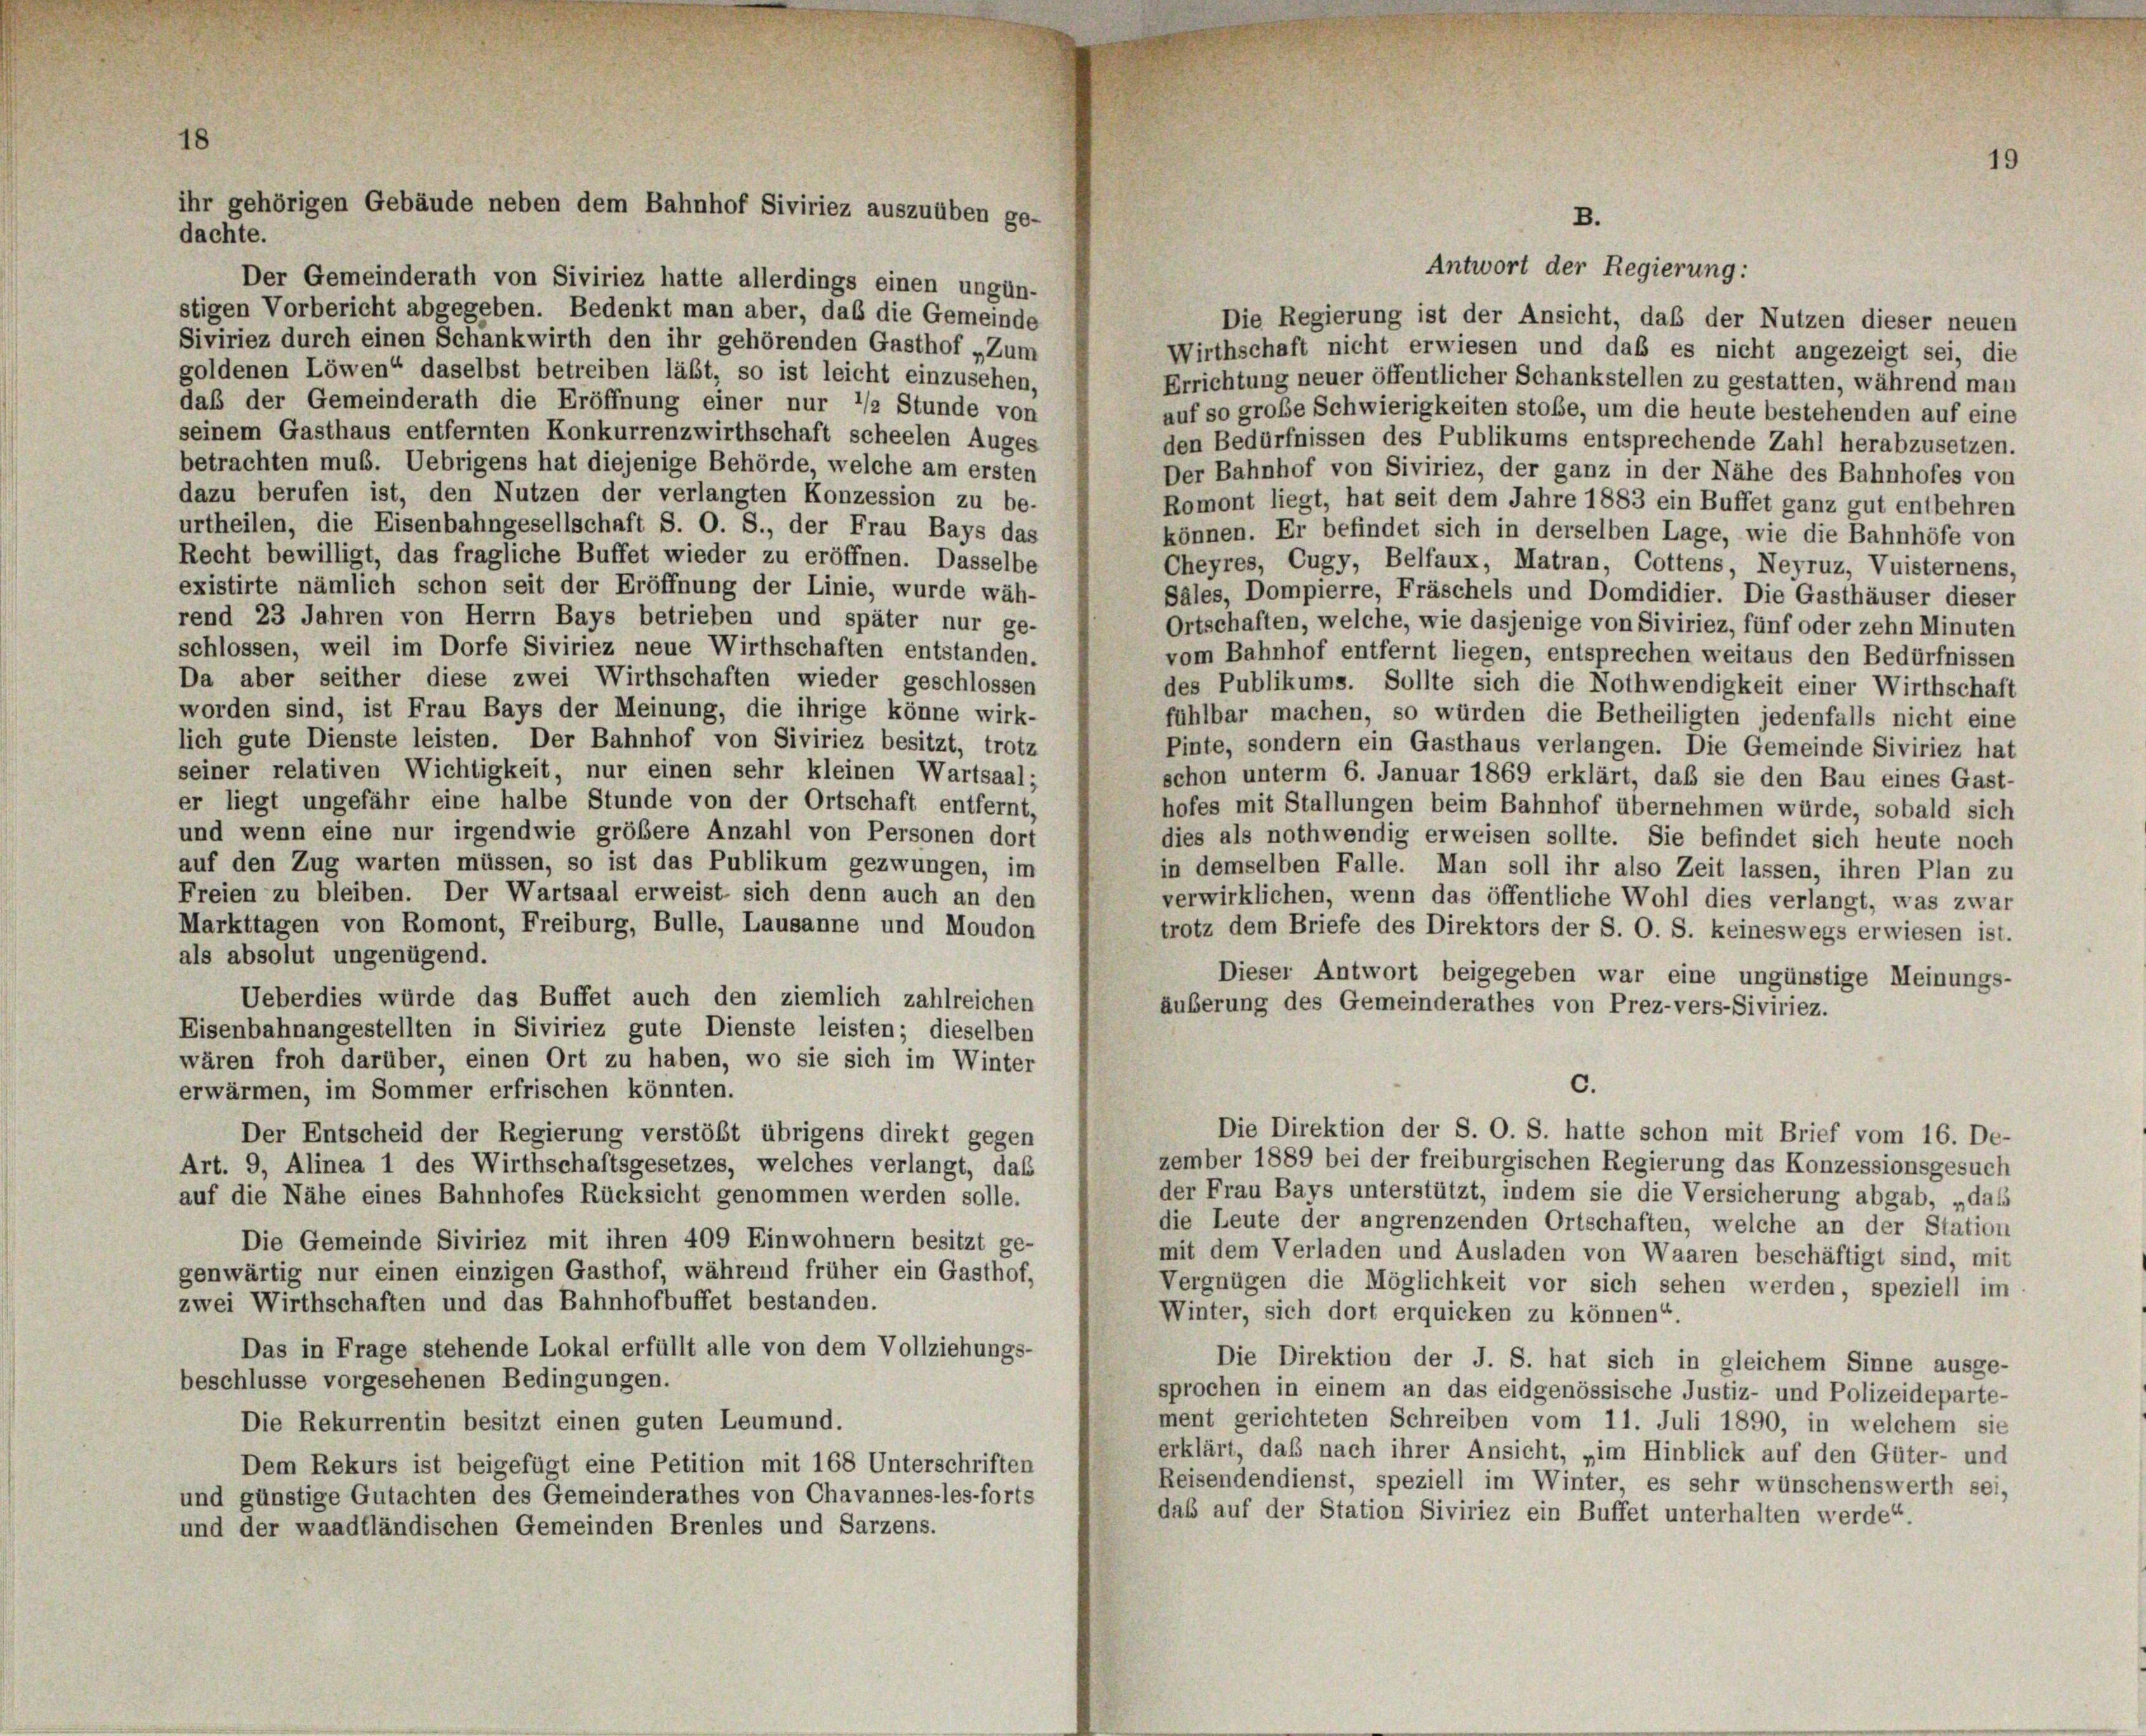
ihr gehörigen Gebäude neben dem Bahnhof Siviriez auszuüben ge-
dachte.

Der Gemeinderath von Siviriez hatte allerdings einen ungün-
stigen Vorbericht abgegeben. Bedenkt man aber, das die Gemeinde
Die Regierung ist der Ansicht, daß der Nutzen dieser neuen
Siviriez durch einen Schankwirth den ihr gehörenden Gasthof „Zum
Wirthschaft nicht erwiesen und daß es nicht angezeigt sei, die
goldenen Löwen“ daselbst betreiben läßt, so ist leicht einzusehen,
Errichtung neuer öffentlicher Schankstellen zu gestatten, während man
daß der Gemeinderath die Eröffnung einer nur 1/2 Stunde von
auf so große Schwierigkeiten stoße, um die heute bestehenden auf eine
seinem Gasthaus entfernten Konkurrenzwirthschaft scheelen Auges
den Bedürfnissen des Publikums entsprechende Zahl herabzusetzen.
betrachten muss. Uebrigens hat diejenige Behörde, welche am ersten
Der Bahnhof von Siviriez, der ganz in der Nähe des Bahnhofes von
dazu berufen ist, den Nutzen der verlangten Konzession zu be-
Romont liegt, hat seit dem Jahre 1883 ein Buffet ganz gut entbehren
urtheilen, die Eisenbahngesellschaft S. O. S., der Frau Bays das
können. Er befindet sich in derselben Lage, wie die Bahnhöfe von
Recht bewilligt, das fragliche Buffet wieder zu eröffnen. Dasselbe
Cheyres, Cugy, Belfaux, Matran, Cottens, Neyruz, Vuisternens,
existirte nämlich schon seit der Eröffnung der Linie, wurde wäh-
Sales, Dompierre, Fräschels und Domdidier. Die Gasthäuser dieser
rend 23 Jahren von Herrn Bays betrieben und später nur ge-
Ortschaften, welche, wie dasjenige von Siviriez, fünf oder zehn Minuten
schlossen, weil im Dorfe Siviriez neue Wirthschaften entstanden.
vom Bahnhof entfernt liegen, entsprechen weitaus den Bedürfnissen
Da aber seither diese zwei Wirthschaften wieder geschlossen
des Publikums. Sollte sich die Nothwendigkeit einer Wirthschaft
worden sind, ist Frau Bays der Meinung, die ihrige könne wirk-
fühlbar machen, so würden die Betheiligten jedenfalls nicht eine
lich gute Dienste leisten. Der Bahnhof von Siviriez besitzt, trotz
Pinte, sondern ein Gasthaus verlangen. Die Gemeinde Siviriez hat
seiner relativen Wichtigkeit, nur einen sehr kleinen Wartsaal;
schon unterm 6. Januar 1869 erklärt, daß sie den Bau eines Gast-
er liegt ungefähr eine halbe Stunde von der Ortschaft entfernt,
hofes mit Stallungen beim Bahnhof übernehmen würde, sobald sich
und wenn eine nur irgendwie größere Anzahl von Personen dort
dies als nothwendig erweisen sollte. Sie befindet sich heute noch
auf den Zug warten müssen, so ist das Publikum gezwungen, im
in demselben Falle. Man soll ihr also Zeit lassen, ihren Plan zu
Freien zu bleiben. Der Wartsaal erweist sich denn auch an den
verwirklichen, wenn das öffentliche Wohl dies verlangt, was zwar
Markttagen von Romont, Freiburg, Bulle, Lausanne und Moudon
trotz dem Briefe des Direktors der S. O. S. keineswegs erwiesen ist.
als absolut ungenügend.
Dieser Antwort beigegeben war eine ungünstige Meinungs-
Ueberdies würde das Buffet auch den ziemlich zahlreichen
Äußerung des Gemeinderathes von Prez-vers-Siviriez.
Eisenbahnangestellten in Siviriez gute Dienste leisten; dieselben
wären froh darüber, einen Ort zu haben, wo sie sich im Winter
c.
erwärmen, im Sommer erfrischen könnten.
Die Direktion der S. O. S. hatte schon mit Brief vom 16. De-
Der Entscheid der Regierung verstößt übrigens direkt gegen
zember 1889 bei der freiburgischen Regierung das Konzessionsgesuch
Art. 9, Alinea 1 des Wirthschaftsgesetzes, welches verlangt, daß
der Frau Bays unterstützt, indem sie die Versicherung abgab, „das
auf die Nähe eines Bahnhofes Rücksicht genommen werden solle.
die Leute der angrenzenden Ortschaften, welche an der Station
Die Gemeinde Siviriez mit ihren 409 Einwohnern besitzt ge-
mit dem Verladen und Ausladen von Waaren beschäftigt sind, mit
genwärtig nur einen einzigen Gasthof, während früher ein Gasthof,
Vergnügen die Möglichkeit vor sich sehen werden, speziell im
zwei Wirthschaften und das Bahnhofbuffet bestanden.
Winter, sich dort erquicken zu können“.
Das in Frage stehende Lokal erfüllt alle von dem Vollziehungs-
Die Direktion der J. S. hat sich in gleichem Sinne ausge-
beschlüsse vorgesehenen Bedingungen.
sprochen in einem an das eidgenössische Justiz- und Polizeideparte-
Die Rekurrentin besitzt einen guten Leumund.
ment gerichteten Schreiben vom 11. Juli 1890, in welchem sie
erklärt, daß nach ihrer Ansicht, „im Hinblick auf den Güter- und
Dem Rekurs ist beigefügt eine Petition mit 168 Unterschriften
Reisendendienst, speziell im Winter, es sehr wünschenswerth sei,
und günstige Gutachten des Gemeinderathes von Chavannes-les-forts
das auf der Station Siviriez ein Buffet unterhalten werde“.
und der waadtländischen Gemeinden Brenles und Sarzens.

B.

Antwort der Regierung: